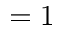
= 1